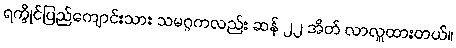
ရက္ခိုင်ပြည်ကျောင်းသား သမဂ္ဂကလည်း ဆန် ၂၂ အိတ် လာလှူထားတယ်။